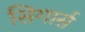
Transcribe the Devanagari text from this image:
सिगार्स